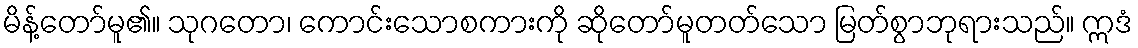
မိန့်တော်မူ၏။ သုဂတော၊ ကောင်းသောစကားကို ဆိုတော်မူတတ်သော မြတ်စွာဘုရားသည်။ ဣဒံ